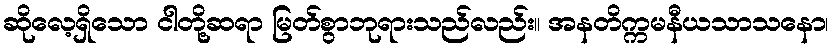
ဆိုလေ့ရှိသော ငါတို့ဆရာ မြတ်စွာဘုရားသည်လည်း။ အနတိက္ကမနီယသာသနော၊